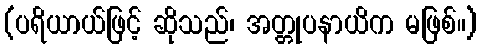
(ပရိယာယ်ဖြင့် ဆိုသည်၊ အတ္တုပနာယိက မဖြစ်။)